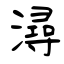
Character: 潯